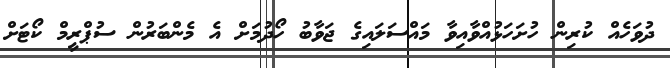
ދުވަހެއް ކުރިން ހުށަހަޅުއްވާއިވާ މައްސަލައިގެ ޖަވާބު ހޯދުމަށް އެ މެންބަރުން ސުޕްރީމް ކޯޓަށް